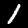
Digit: 1